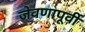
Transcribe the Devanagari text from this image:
जेवणापूर्वी